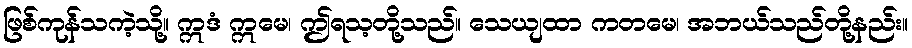
ဖြစ်ကုန်သကဲ့သို့။ ဣဒံ ဣမေ၊ ဤရသ့တို့သည်။ သေယျထာ ကတမေ၊ အဘယ်သည်တို့နည်း။